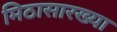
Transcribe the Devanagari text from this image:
मिठासारख्या